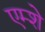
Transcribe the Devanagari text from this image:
एम्शे